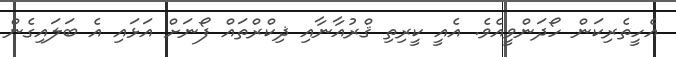
އެހީތެރިކަން ހޯދަންވީއެވެ. އެއީ ކީރިތި ޤްރުއާނާއި ޛިކްރްތައް ފޯނަށް އަޅައި އެ ބަލައިގެން